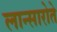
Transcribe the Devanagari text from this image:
लान्सारोते